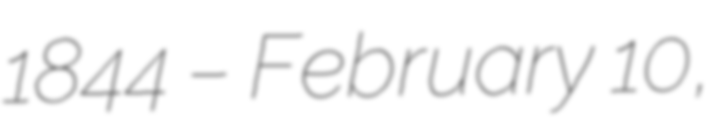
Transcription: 1844 – February 10,